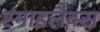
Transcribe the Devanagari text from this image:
स्माइलैक्स